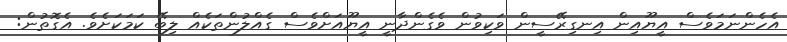
އެހެންނަމަވެސް އީޔޫއިން އިނގިރޭސީން ވަކިވުން ވެގެންދާނީ އީޔޫއަށްވެސް ގެއްލުންތަކެއް ލިބޭ ކަމަކަށެވެ. އެގޮތުން: